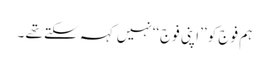
ہم فوج کو ’’اپنی فوج‘‘نہیں کہہ سکتے تھے ۔